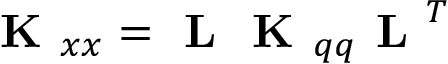
\textbf { K } _ { x x } = \textbf { L } \textbf { K } _ { q q } \textbf { L } ^ { T }